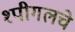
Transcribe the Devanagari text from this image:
श्पीगलचे